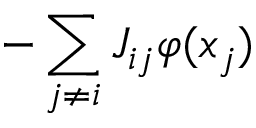
- \sum _ { j \neq i } J _ { i j } \varphi ( x _ { j } )